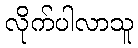
လိုက်ပါလာသူ